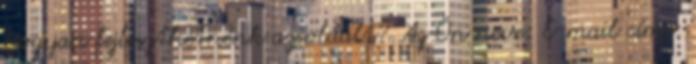
hogyan fejleszthetnénk az oldalt? Az Ön neve: E-mail címe: